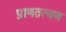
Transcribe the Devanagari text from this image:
प्राणतत्वण